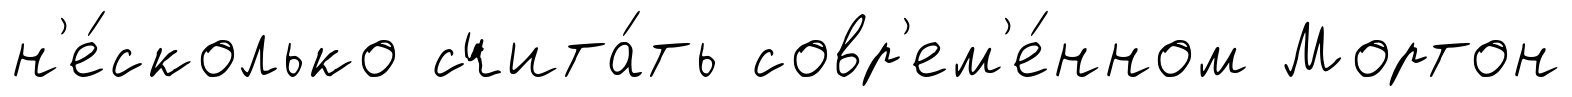
н'е́сколько счита́ть совр'ем'е́нном Мортон